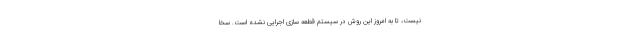
نیست، تا به امروز این روش در سیستم قطعه سازی اجرایی نشده است. سخا